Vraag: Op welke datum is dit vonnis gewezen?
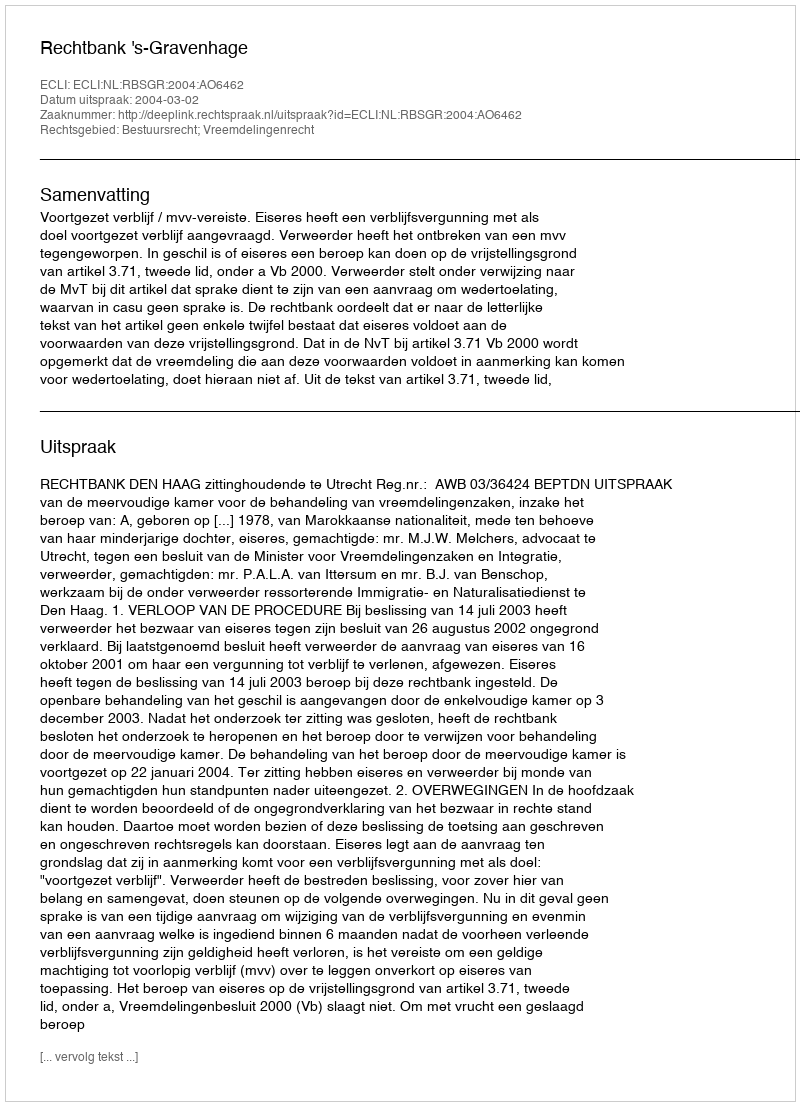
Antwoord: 2004-03-02